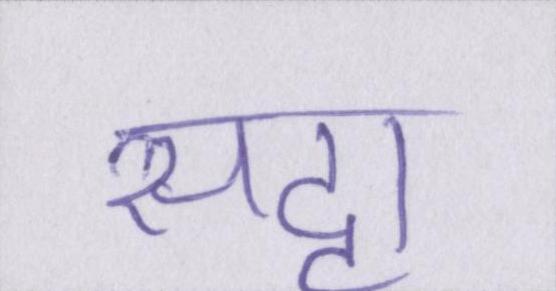
सट्टा